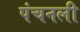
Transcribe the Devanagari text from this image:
पंचनली